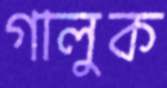
গালুক